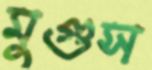
মুগুস